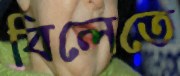
বিলেতে